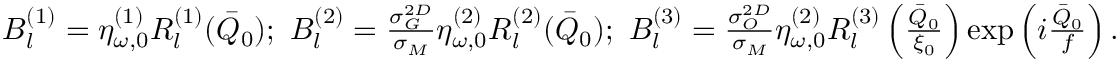
\begin{array} { r } { B _ { l } ^ { ( 1 ) } = \eta _ { \omega , 0 } ^ { ( 1 ) } R _ { l } ^ { ( 1 ) } ( \bar { Q } _ { 0 } ) ; \, \, B _ { l } ^ { ( 2 ) } = \frac { \sigma _ { G } ^ { 2 D } } { \sigma _ { M } } \eta _ { \omega , 0 } ^ { ( 2 ) } R _ { l } ^ { ( 2 ) } ( \bar { Q } _ { 0 } ) ; \, \, B _ { l } ^ { ( 3 ) } = \frac { \sigma _ { O } ^ { 2 D } } { \sigma _ { M } } \eta _ { \omega , 0 } ^ { ( 2 ) } R _ { l } ^ { ( 3 ) } \left( \frac { \bar { Q } _ { 0 } } { \xi _ { 0 } } \right) \exp \left( i \frac { \bar { Q } _ { 0 } } { f } \right) . } \end{array}